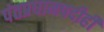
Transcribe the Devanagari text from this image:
पंतप्रधानपदीही